Vaccination in Bombay 1863-1868 - 1863-1868
Year: 1863
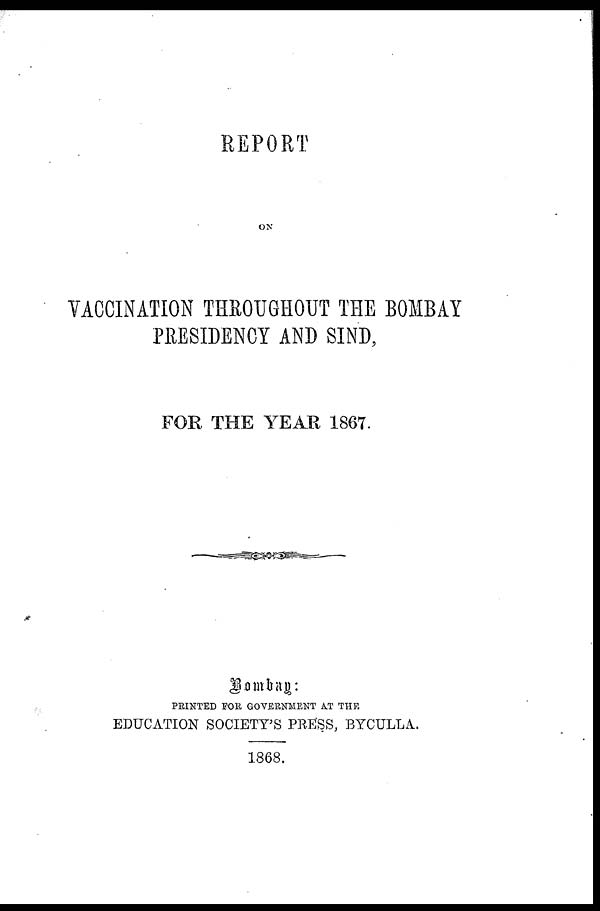
REPORT
ON
VACCINATION THROUGHOUT THE BOMBAY
PRESIDENCY AND SIND,
FOR THE YEAR 1867.
Bombay:
PRINTED FOR GOVERNMENT AT THE
EDUCATION SOCIETY'S PRESS, BYCULLA.
1868.